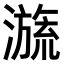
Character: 𣽩